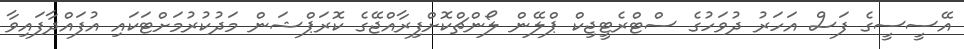
އޭސީސީގެ ފަސް އަހަރު ދުވަހުގެ ސްޓްރެޓީޖިކް ޕްލޭން ލޯންޗްކޮށްފިރާއްޖޭގެ ކޮރަޕްޝަން މަދުކުރުމަށްޓަކައި އުފައްދާފައިވާ